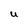
Character: U